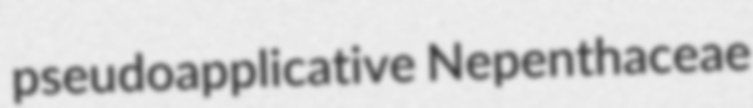
pseudoapplicative Nepenthaceae